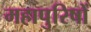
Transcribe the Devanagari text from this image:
महापुरिषों